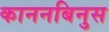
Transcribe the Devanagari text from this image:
काननबिनुस